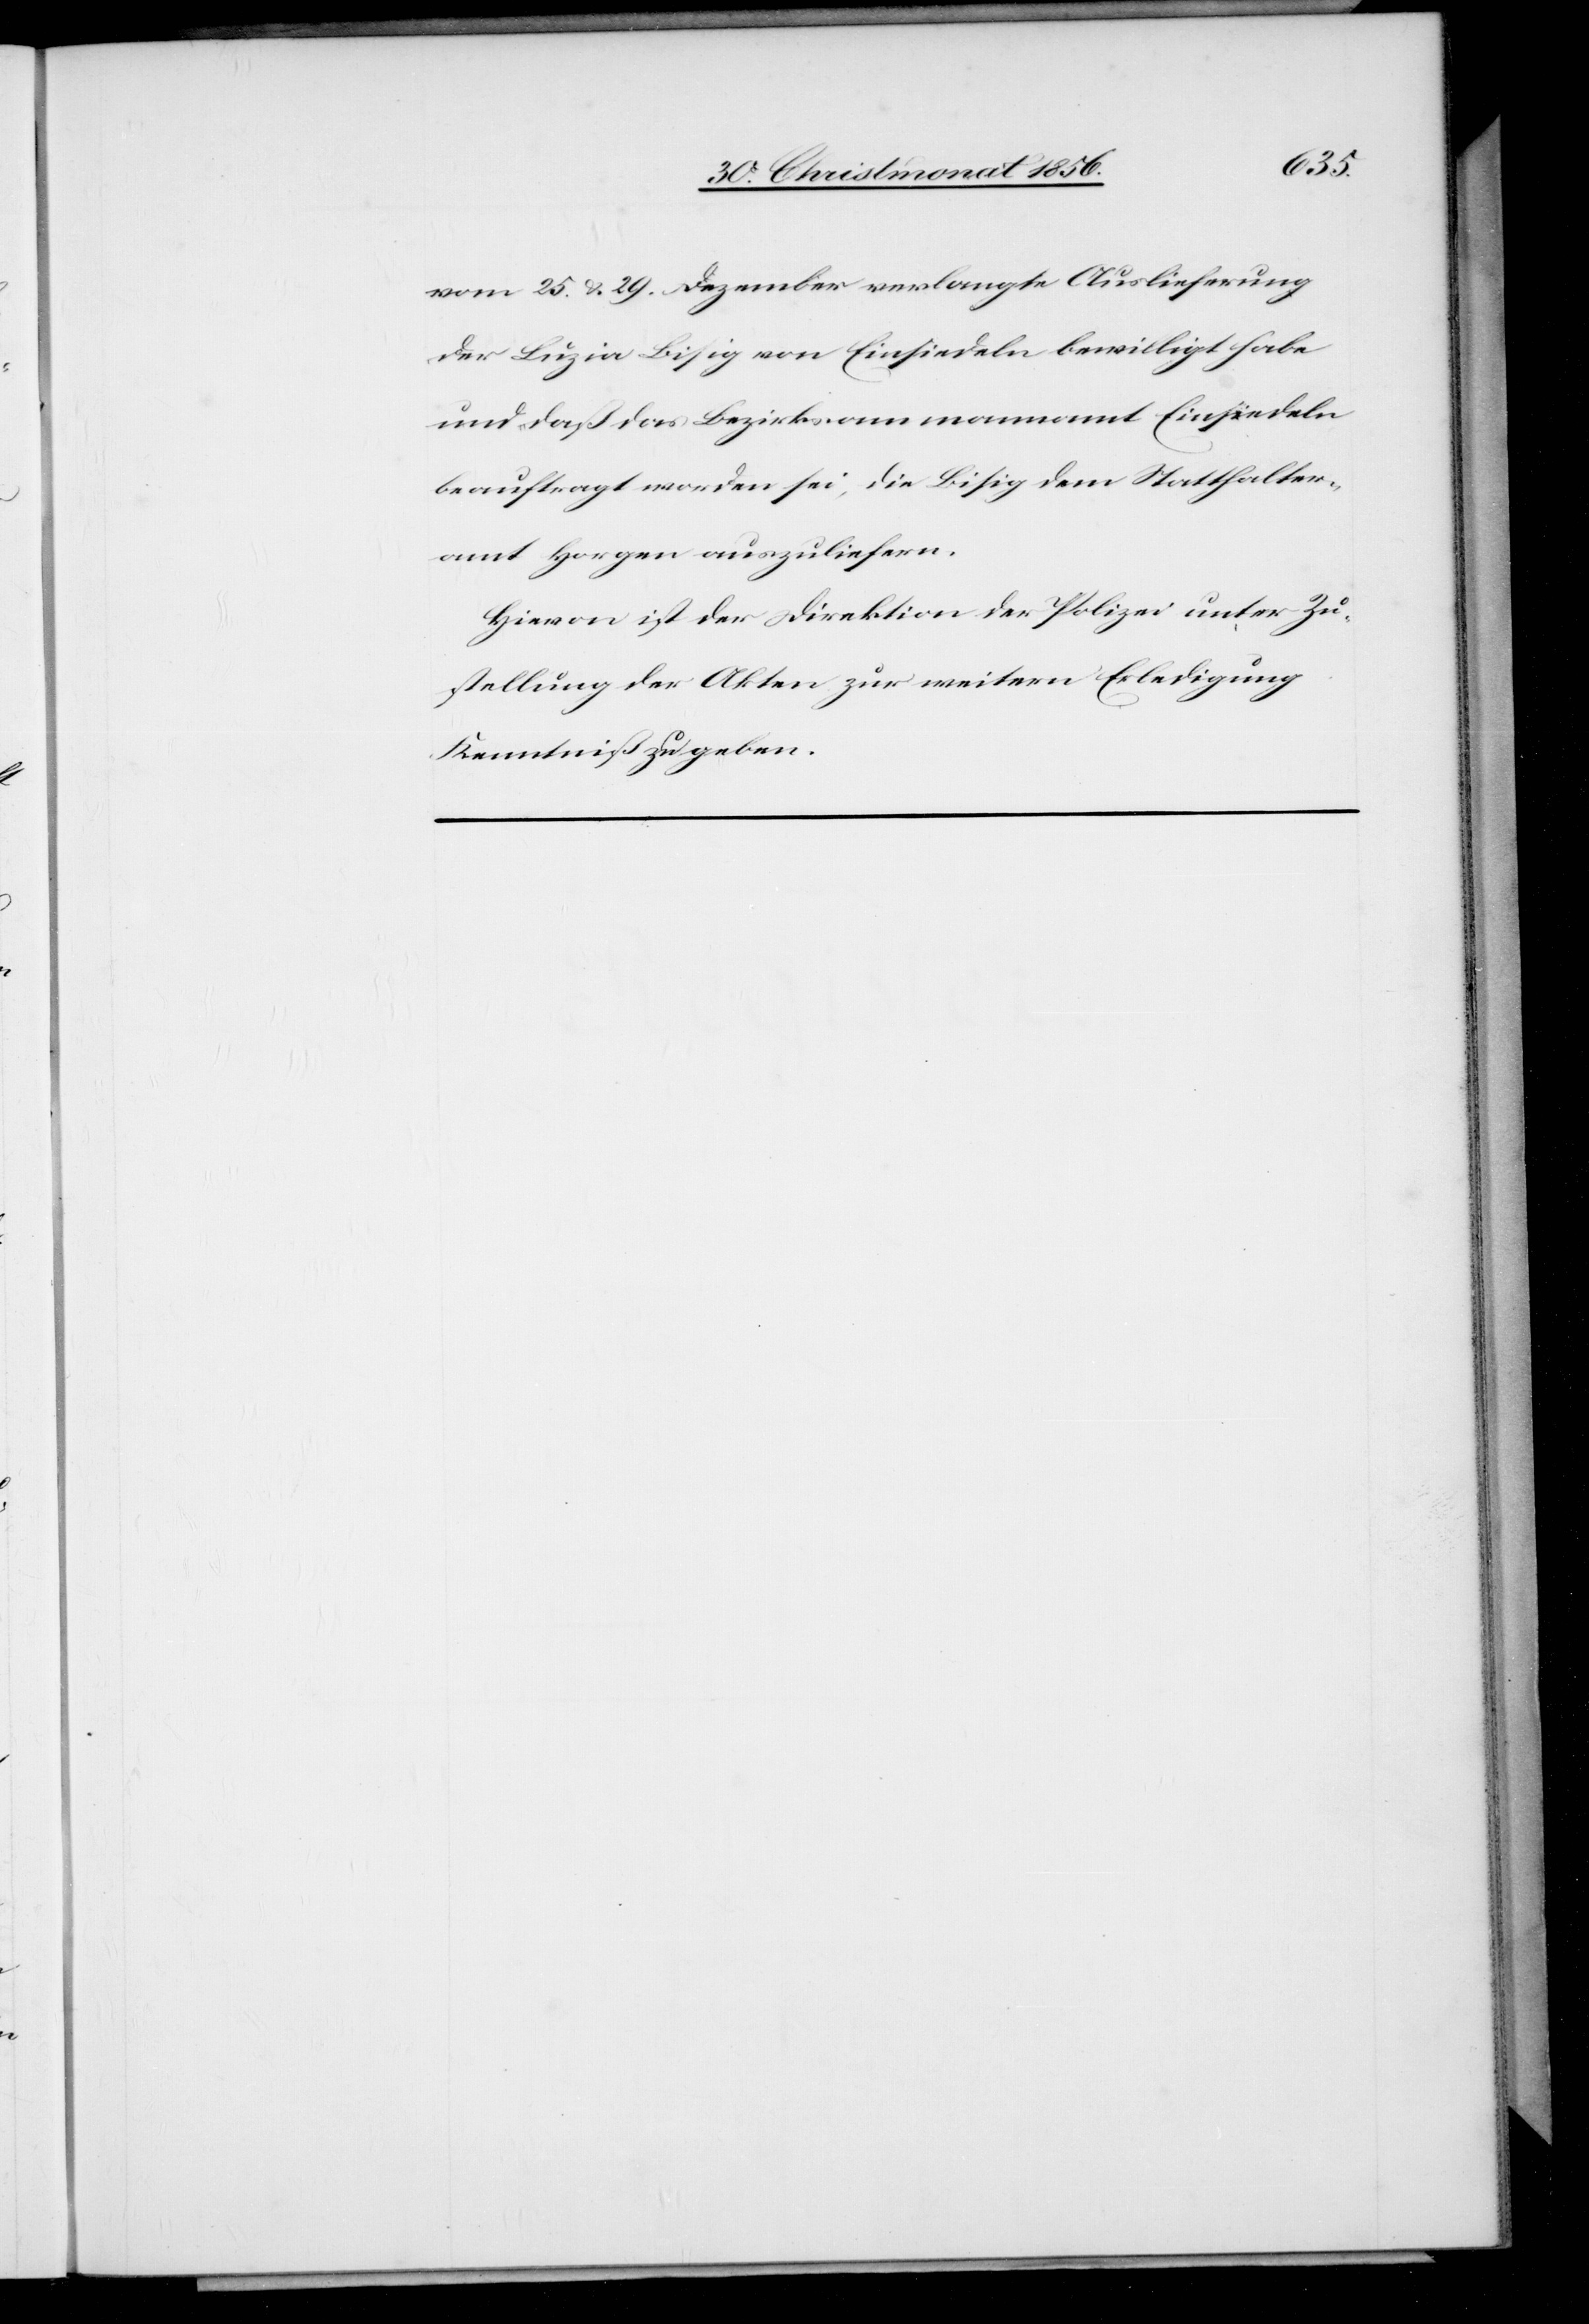
vom 25. & 29. Dezember verlangte Auslieferung
der Luzia Bisig von Einsiedeln bewilligt habe
und daß das Bezirksammannamt Einsiedeln
beauftragt worden sei, die Bisig dem Statthalter¬
amt Horgen auszuliefern.
Hievon ist der Direktion der Polizei unter Zu¬
stellung der Akten zur weitern Erledigung
Kenntniß zu geben.